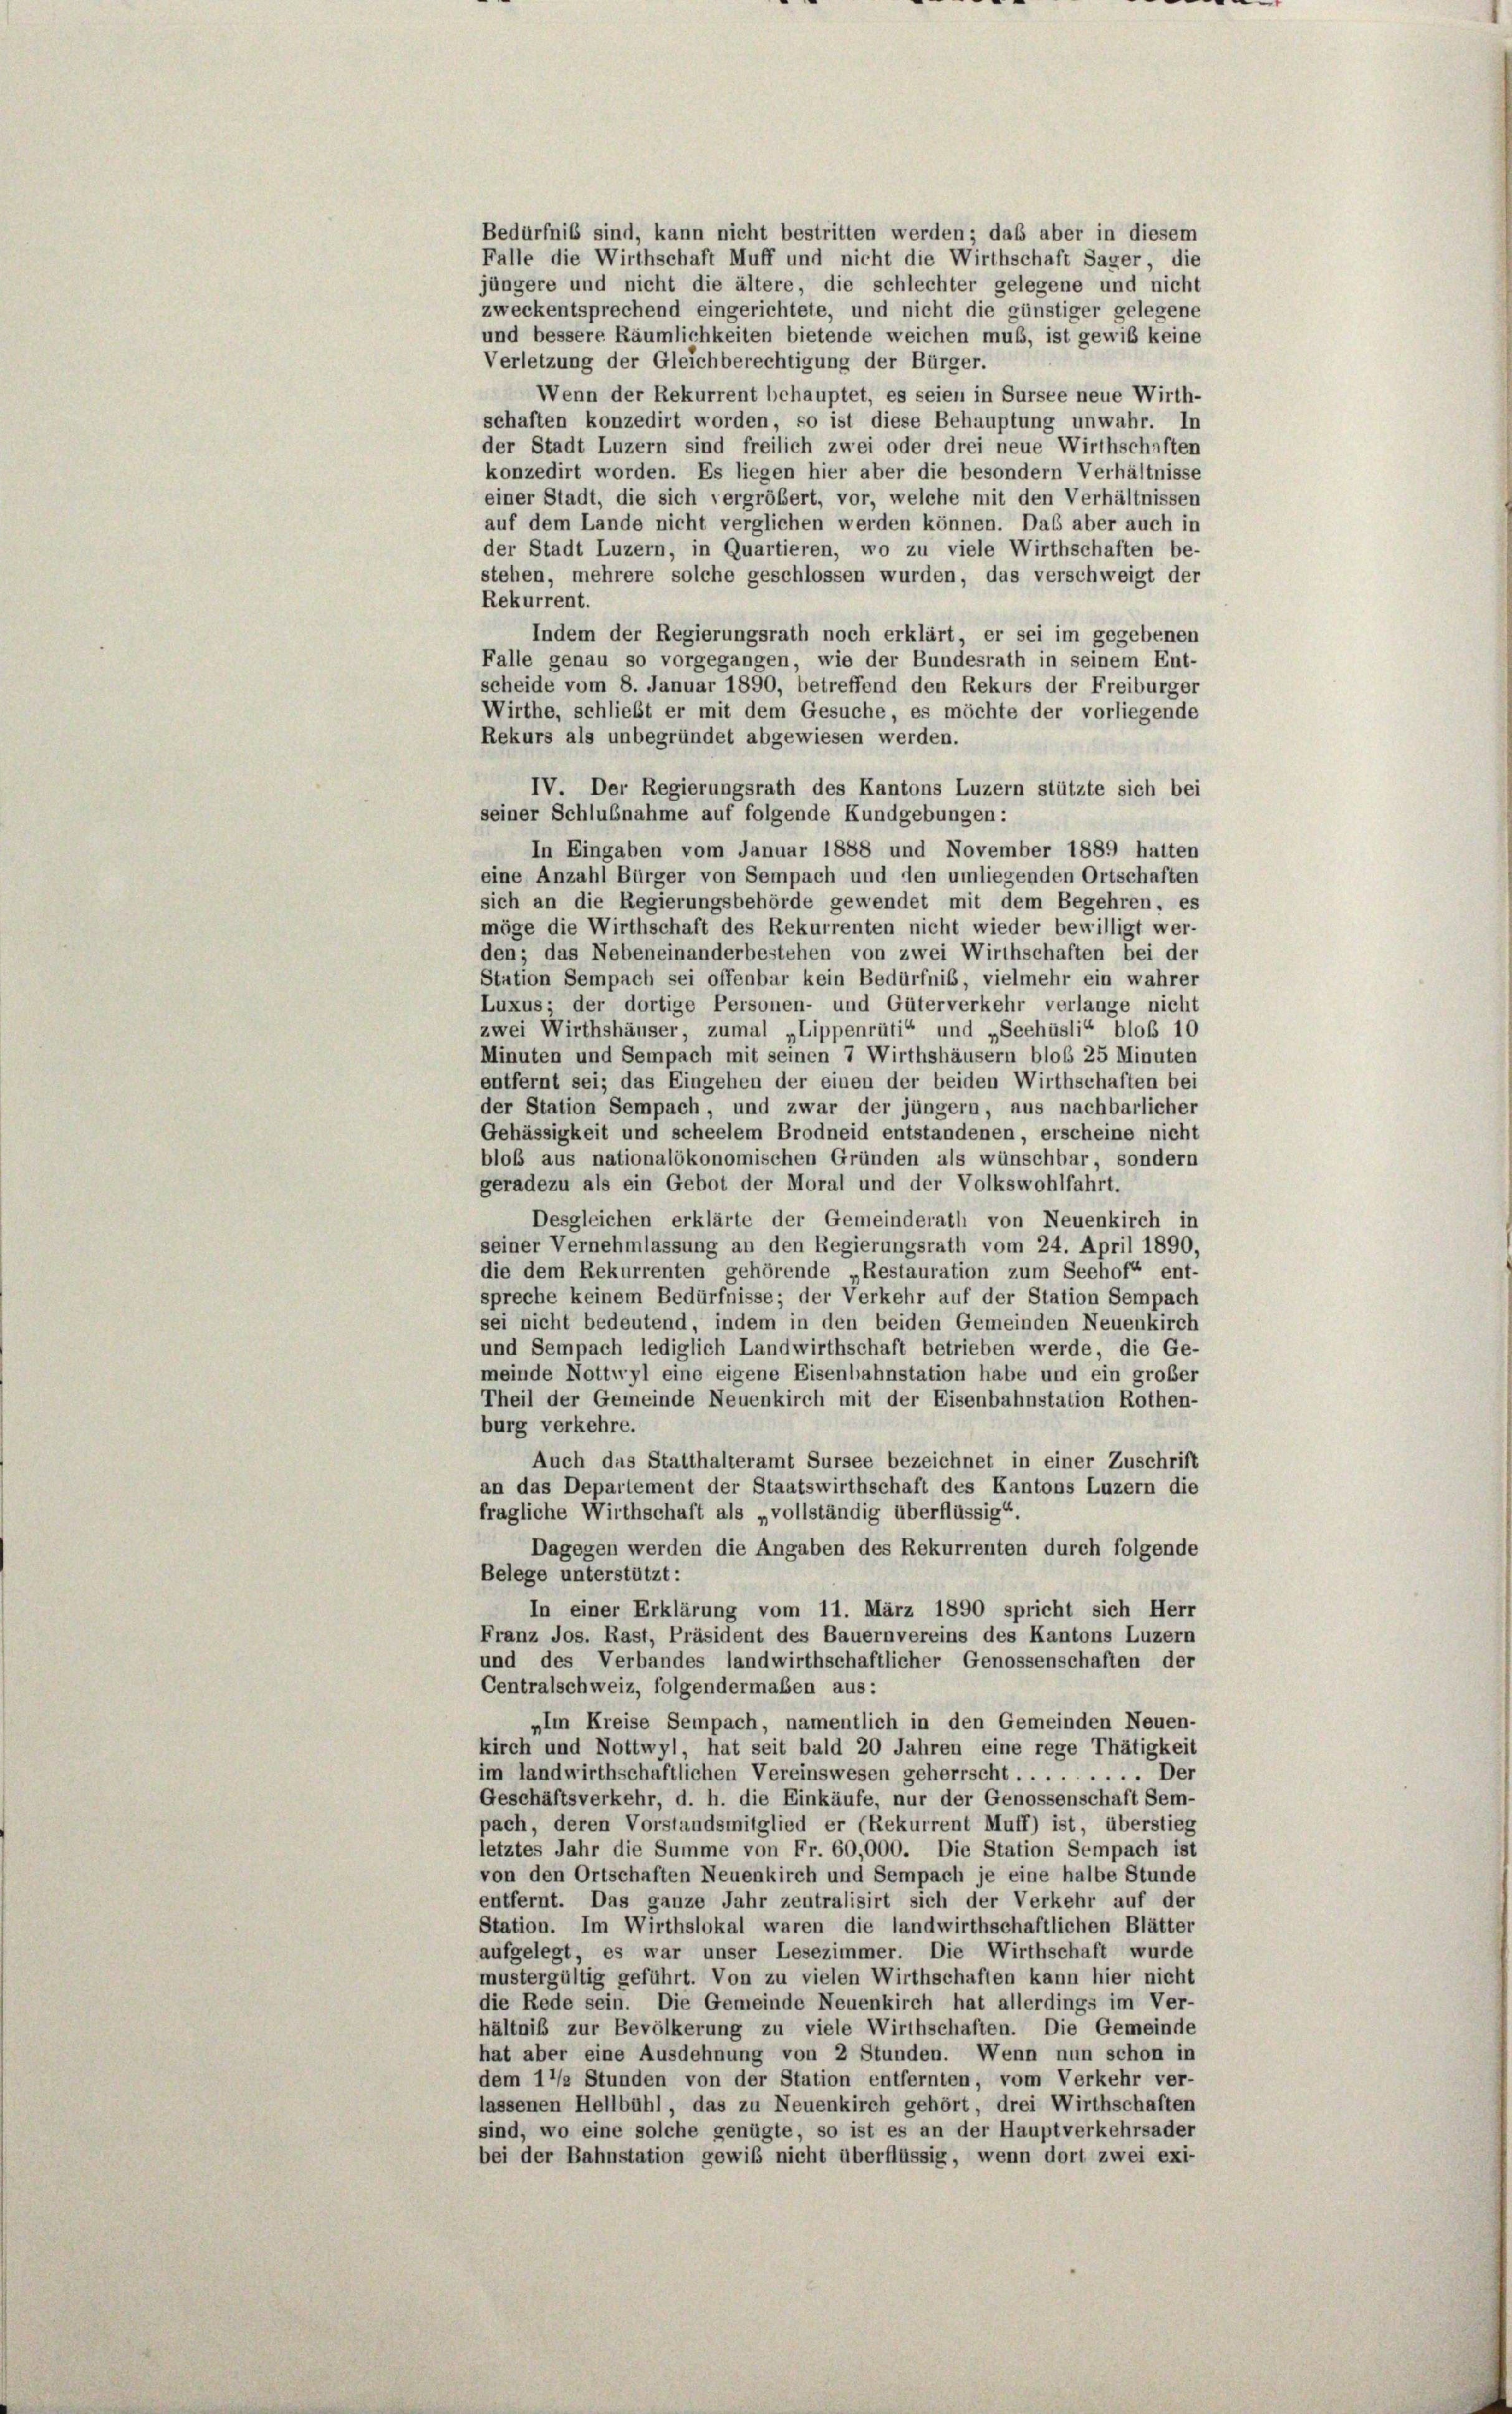
Bedürfnis sind, kann nicht bestritten werden; daß aber in diesem
Falle die Wirthschaft Muff und nicht die Wirthschaft Sager die
jüngere und nicht die ältere, die schlechter gelegene und nicht
zweckentsprechend eingerichtete, und nicht die günstiger gelegene
und bessere Räumlichkeiten bietende weichen muß, ist gewiß keine
Verletzung der Gleichberechtigung der Bürger.
Wenn der Rekurrent behauptet, es seien in Sursee neue Wirth-
schaften konzedirt worden, so ist diese Behauptung unwahr. In
der Stadt Luzern sind freilich zwei oder drei neue Wirthschaften
konzedirt worden. Es liegen hier aber die besondern Verhältnisse
einer Stadt, die sich vergrößert, vor, welche mit den Verhältnissen
auf dem Lande nicht verglichen werden können. Das aber auch in
der Stadt Luzern, in Quartieren, wo zu viele Wirthschaften be-
stehen, mehrere solche geschlossen wurden, das verschweigt der
Rekurrent.
Indem der Regierungsrath noch erklärt, er sei im gegebenen
Falle genau so vorgegangen, wie der Bundesrath in seinem Ent-
scheide vom 8. Januar 1890, betreffend den Rekurs der Freiburger
Wirthe, schließt er mit dem Gesuche, es möchte der vorliegende
Rekurs als unbegründet abgewiesen werden.
IV. Der Regierungsrath des Kantons Luzern stützte sich bei
seiner Schlußnahme auf folgende Kundgebungen:
In Eingaben vom Januar 1888 und November 1889 hatten
eine Anzahl Bürger von Sempach und den umliegenden Ortschaften
sich an die Regierungsbehörde gewendet mit dem Begehren, es
möge die Wirthschaft des Rekurrenten nicht wieder bewilligt wer-
den; das Nebeneinanderbestehen von zwei Wirthschaften bei der
Station Sempach sei offenbar kein Bedürfnis, vielmehr ein wahrer
Luxus; der dortige Personen- und Güterverkehr verlange nicht
zwei Wirthshäuser, zumal „Lippenrüti“ und „Seehüsli“ bloß 10
Minuten und Sempach mit seinen 7 Wirthshäusern bloß 25 Minuten
entfernt sei; das Eingehen der einen der beiden Wirthschaften bei
der Station Sempach, und zwar der jüngern, aus nachbarlicher
Gehässigkeit und scheelem Brodneid entstandenen, erscheine nicht
bloß aus nationalökonomischen Gründen als wünschbar, sondern
geradezu als ein Gebot der Moral und der Volkswohlfahrt.
Desgleichen erklärte der Gemeinderath von Neuenkirch in
seiner Vernehmlassung an den Regierungsrath vom 24. April 1890,
die dem Rekurrenten gehörende „Restauration zum Seehof“ ent-
spreche keinem Bedürfnisse; der Verkehr auf der Station Sempach
sei nicht bedeutend, indem in den beiden Gemeinden Neuenkirch
und Sempach lediglich Landwirthschaft betrieben werde, die Ge-
meinde Nottwyl eine eigene Eisenbahnstation habe und ein großer
Theil der Gemeinde Neuenkirch mit der Eisenbahnstation Rothen-
burg verkehre.
Auch das Statthalteramt Sursee bezeichnet in einer Zuschrift
an das Departement der Staatswirthschaft des Kantons Luzern die
fragliche Wirthschaft als „vollständig überflüssig“.
Dagegen werden die Angaben des Rekurrenten durch folgende
Belege unterstützt :
In einer Erklärung vom 11. März 1890 spricht sich Herr
Franz Jos. Rast, Präsident des Bauernvereins des Kantons Luzern
und des Verbandes landwirthschaftlicher Genossenschaften der
Centralschweiz, folgendermaßen aus:
„Im Kreise Sempach, namentlich in den Gemeinden Neuen-
kirch und Nottwyl, hat seit bald 20 Jahren eine rege Thätigkeit
im landwirthschaftlichen Vereinswesen geherrscht ......... Der
Geschäftsverkehr, d. h. die Einkäufe, nur der Genossenschaft Sem-
pach, deren Vorstandsmitglied er (Rekurrent Muff) ist, überstieg
letztes Jahr die Summe von Fr. 60,000. Die Station Sempach ist
von den Ortschaften Neuenkirch und Sempach je eine halbe Stunde
entfernt. Das ganze Jahr zentralisirt sich der Verkehr auf der
Station. Im Wirthslokal waren die landwirthschaftlichen Blätter
aufgelegt, es war unser Lesezimmer. Die Wirthschaft wurde
mustergültig geführt. Von zu vielen Wirthschaften kann hier nicht
die Rede sein. Die Gemeinde Neuenkirch hat allerdings im Ver-
hältniß zur Bevölkerung zu viele Wirthschaften. Die Gemeinde
hat aber eine Ausdehnung von 2 Stunden. Wenn nun schon in
dem 1/2 Stunden von der Station entfernten, vom Verkehr ver-
lassenen Hellbühl, das zu Neuenkirch gehört, drei Wirthschaften
sind, wo eine solche genügte, so ist es an der Hauptverkehrsader
bei der Bahnstation gewiß nicht überflüssig, wenn dort zwei exi-